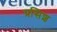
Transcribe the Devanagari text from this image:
प्रसिश